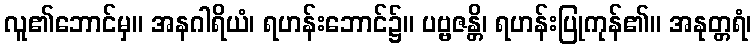
လူ၏ဘောင်မှ။ အနဂါရိယံ၊ ရဟန်းဘောင်၌။ ပဗ္ဗဇန္တိ၊ ရဟန်းပြုကုန်၏။ အနုတ္တရံ၊